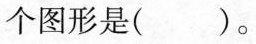
个图形是（）。